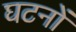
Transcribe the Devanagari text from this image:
घटनों